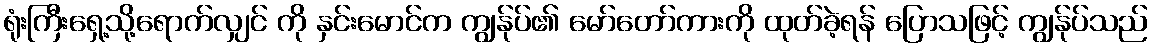
ရုံးကြီးရှေ့သို့ရောက်လျှင် ကို နှင်းမောင်က ကျွန်ုပ်၏ မော်တော်ကားကို ထုတ်ခဲ့ရန် ပြောသဖြင့် ကျွန်ုပ်သည်